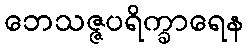
ဘေသဇ္ဇပရိက္ခာရေန